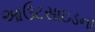
આઉટસાઇડના